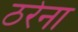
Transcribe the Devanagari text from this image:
ठरेना